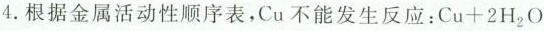
4.根据金属活动性顺序表，Cu不能发生反应：Cu+2 H_{2}O